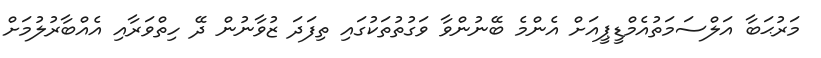
މަރުޙަބާ އަލްސަމަތުއެމްޑީޕީއަށް އެންމެ ބޭނުންވާ ވަގުތުތަކުގައި ތިފަދަ ޒުވާނުން ދޭ ހިތްވަރާއި އެއްބާރުލުމަށް